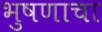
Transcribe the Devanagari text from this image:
भुषणाचा